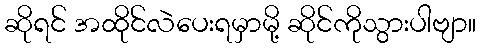
ဆိုရင် အထိုင်လဲပေးရမှာမို့ ဆိုင်ကိုသွားပါဗျာ။